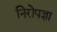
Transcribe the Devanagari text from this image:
निरोपज्ञा